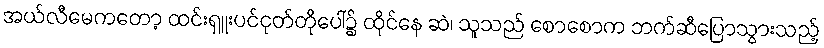
အယ်လီမေကတော့ ထင်းရှူးပင်ငုတ်တိုပေါ်၌ ထိုင်နေ ဆဲ၊ သူသည် စောစောက ဘက်ဆီပြောသွားသည့်